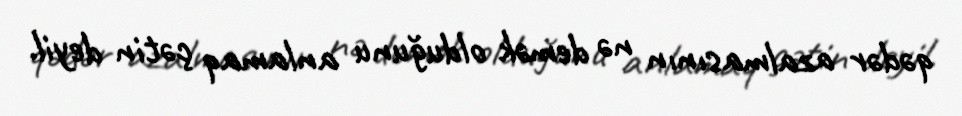
qədər azalmasının nə demək olduğunu anlamaq çətin deyil.